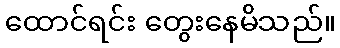
ထောင်ရင်း တွေးနေမိသည်။